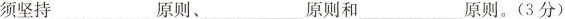
须坚持_原则、_原则和_原则。(3分）